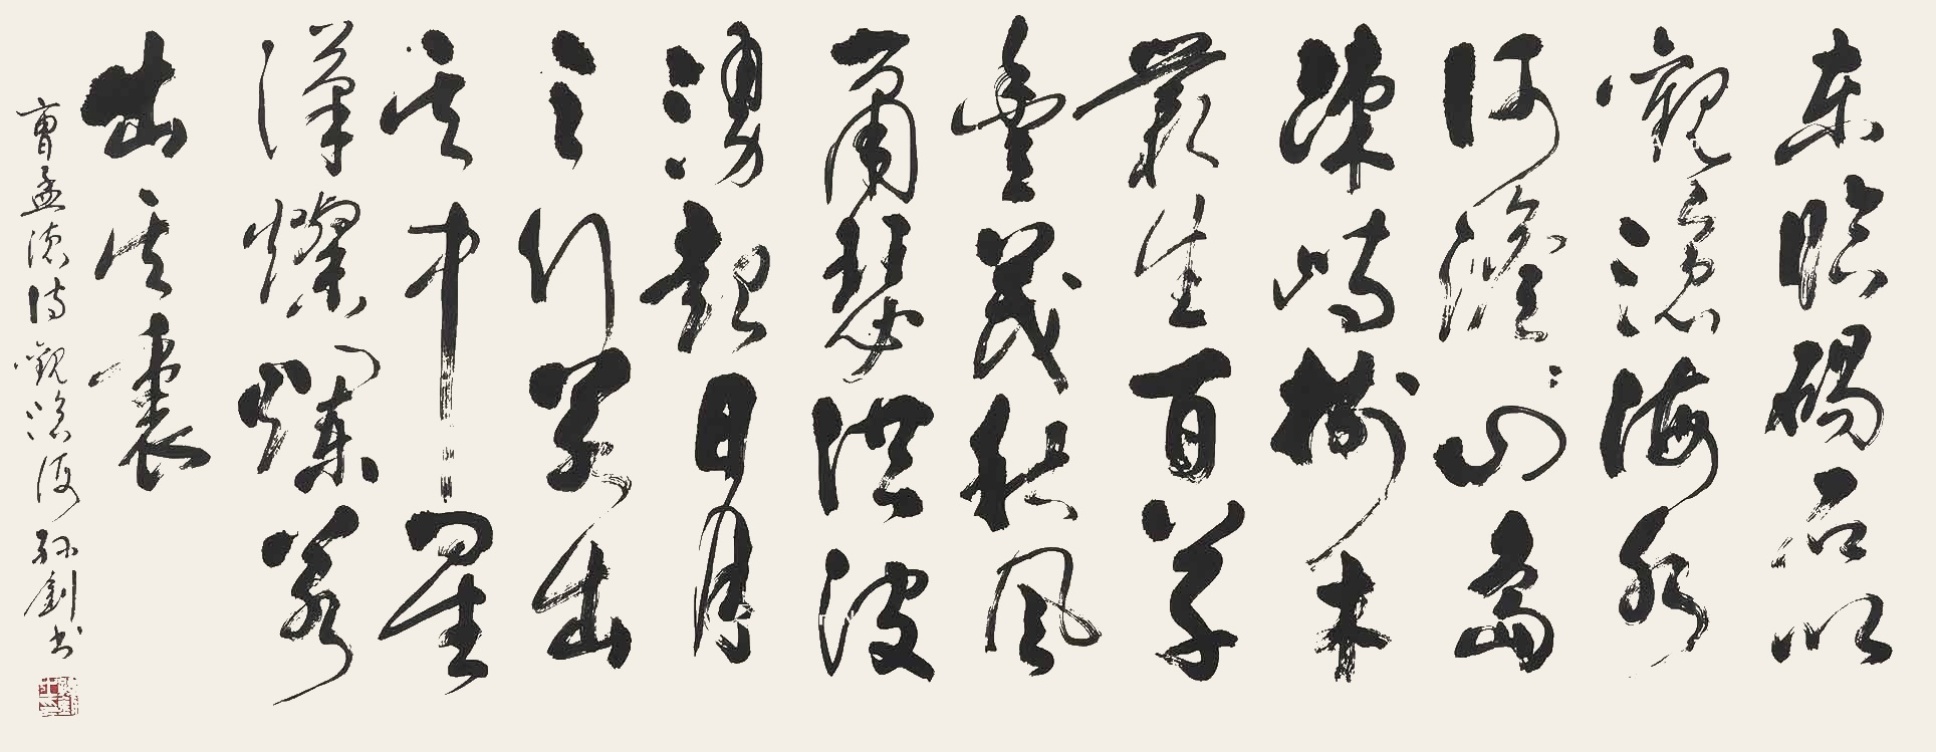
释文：东临碣石，以观沧海。水何澹澹，山岛竦峙。树木丛生，百草丰茂。秋风萧瑟，洪波涌起。日月之行，若出其中；星汉灿烂，若出其里。幸甚至哉，歌以咏志。孙剑